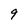
Character: 9